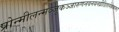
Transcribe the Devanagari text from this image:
प्रोन्मीलन्मञ्जुकञ्जारुणनवनयनव्रीडितानेककाम।